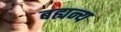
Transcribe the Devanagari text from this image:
बह्यन्य